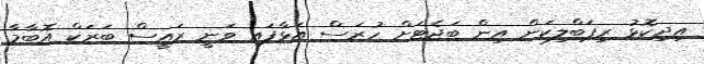
އިދިކޮޅު ރިޕަބްލިކަން އިން ބަޖެޓަށް ހުރަސް އަޅާފައި ވަނީ ރައީސް ބަރަކް އޮބާމާ